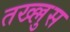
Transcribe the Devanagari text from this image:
तख्ल्लुस